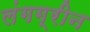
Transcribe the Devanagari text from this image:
लंगग्रीन